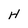
Character: H